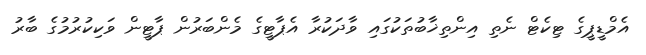
އެމްޑީޕީގެ ޓިކެޓް ނެތި އިންތިޚާބުތަކުގައި ވާދަކުރާ އެޕާޓީގެ މެންބަރުން ޕާޓީން ވަކިކުރުމުގެ ބާރު